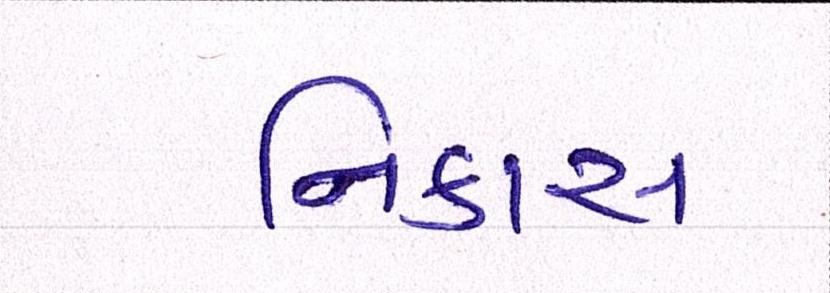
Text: નિકાસ